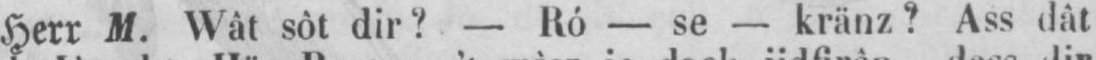
Herr M. Wât sôt dir? - Ró - se - kränz? Ass dât